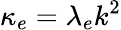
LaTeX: \kappa_{e}=\lambda_{e}k^{2}